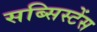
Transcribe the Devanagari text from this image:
सब्सिस्टेंस